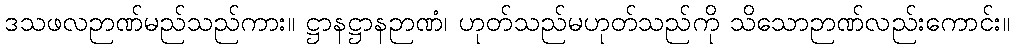
ဒသဖလဉာဏ်မည်သည်ကား။ ဋ္ဌာနဋ္ဌာနဉာဏံ၊ ဟုတ်သည်မဟုတ်သည်ကို သိသောဉာဏ်လည်းကောင်း။